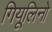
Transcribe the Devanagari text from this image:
गियूलिनो